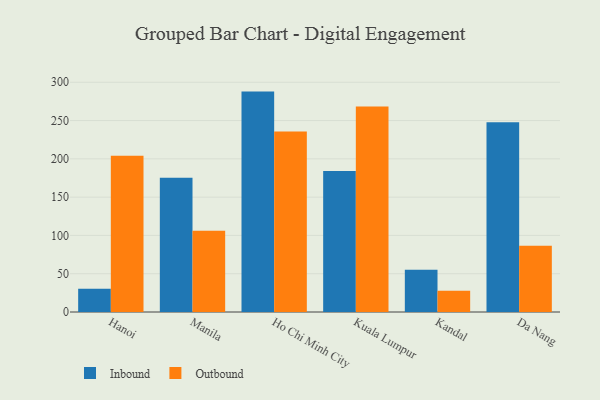
{"axis": {"x": "City", "y": "Tickets Resolved"}, "legend": ["Inbound", "Outbound"], "data": [{"x": "Hanoi", "y": 30.5, "type": "Inbound"}, {"x": "Hanoi", "y": 204.0, "type": "Outbound"}, {"x": "Manila", "y": 175.3, "type": "Inbound"}, {"x": "Manila", "y": 106.2, "type": "Outbound"}, {"x": "Ho Chi Minh City", "y": 287.8, "type": "Inbound"}, {"x": "Ho Chi Minh City", "y": 235.7, "type": "Outbound"}, {"x": "Kuala Lumpur", "y": 184.0, "type": "Inbound"}, {"x": "Kuala Lumpur", "y": 268.5, "type": "Outbound"}, {"x": "Kandal", "y": 55.2, "type": "Inbound"}, {"x": "Kandal", "y": 27.8, "type": "Outbound"}, {"x": "Da Nang", "y": 247.7, "type": "Inbound"}, {"x": "Da Nang", "y": 86.6, "type": "Outbound"}]}